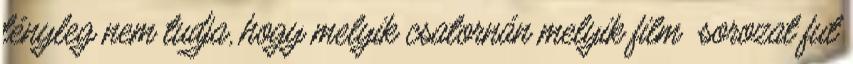
tényleg nem tudja, hogy melyik csatornán melyik film sorozat fut